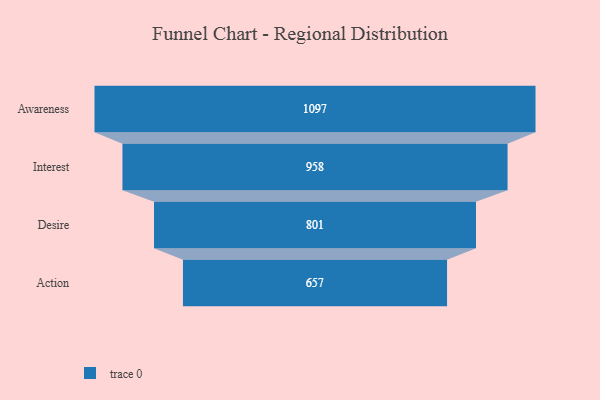
{"axis": {"x": "Stage", "y": "Value"}, "legend": [""], "data": [{"x": "Awareness", "y": 1097.0, "type": ""}, {"x": "Interest", "y": 958.0, "type": ""}, {"x": "Desire", "y": 801.0, "type": ""}, {"x": "Action", "y": 657.0, "type": ""}]}